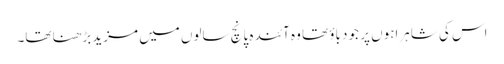
اس کی شاہراہوں پر جو دباؤ تھا وہ آئندہ پانچ سالوں میں مزید بڑھنا تھا۔